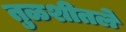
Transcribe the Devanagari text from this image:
तुळशीतले